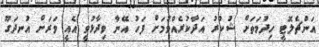
އަންޗެލޮޓީ ހިދުމަތަށް ޝުކުރު އަދާކުރެއްވުމަށް ފަހު އޭނާ ވިދާޅުވީ އެއީ ވަރަށް އުނދަގޫ